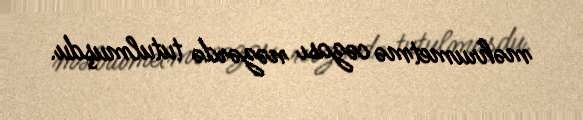
məhrumetmə cəzası nəzərdə tutulmuşdu.